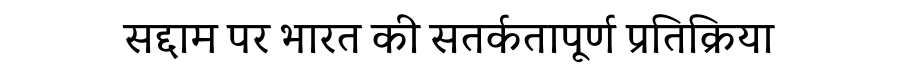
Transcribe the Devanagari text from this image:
सद्दाम पर भारत की सतर्कतापूर्ण प्रतिक्रिया